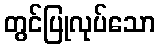
တွင်ပြုလုပ်သော